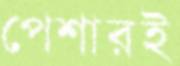
পেশারই